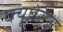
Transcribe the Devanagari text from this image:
क्यूप्रेसस